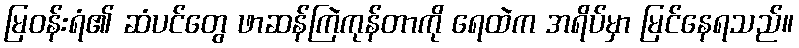
မြဝန်းရံ၏ ဆံပင်တွေ ဖာဆန်ကြဲကုန်တာကို ရေထဲက အရိပ်မှာ မြင်နေရသည်။